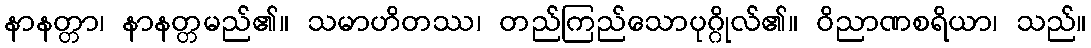
နာနတ္တာ၊ နာနတ္တမည်၏။ သမာဟိတဿ၊ တည်ကြည်သောပုဂ္ဂိုလ်၏။ ဝိညာဏစရိယာ၊ သည်။